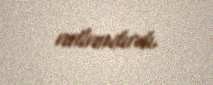
adlandırdı.